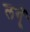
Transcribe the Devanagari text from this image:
लगूँ